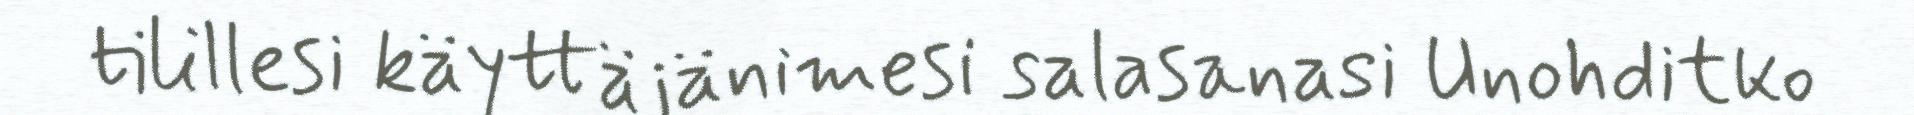
tilillesi käyttäjänimesi salasanasi Unohditko